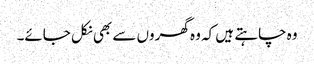
وہ چاہتے ہیں کہ وہ گھروں سے بھی نکل جائے۔